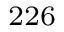
^ { 2 2 6 }